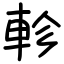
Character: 軫